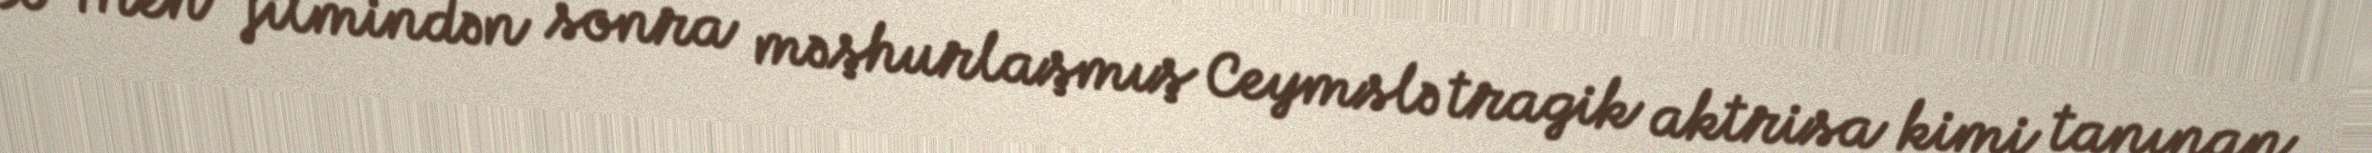
X-Men" filmindən sonra məşhurlaşmış Ceymslə tragik aktrisa kimi tanınan